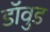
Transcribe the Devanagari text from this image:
डॉवुड